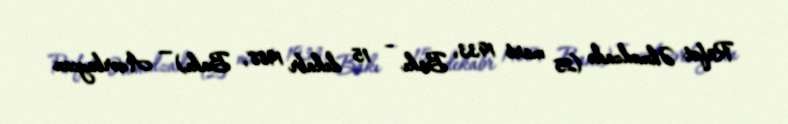
Rüfət Əhmədzadə (25 mart 1933, Bakı – 15 dekabr 1988, Bakı) — Azərbaycan